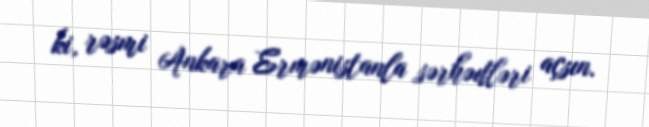
ki, rəsmi Ankara Ermənistanla sərhədləri açsın.